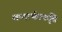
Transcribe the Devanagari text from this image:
शब्दार्थप्रकृति